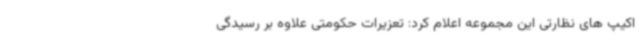
اکیپ های نظارتی این مجموعه اعلام کرد: تعزیرات حکومتی علاوه بر رسیدگی